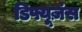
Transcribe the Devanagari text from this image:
डिफ्यूज़ंस